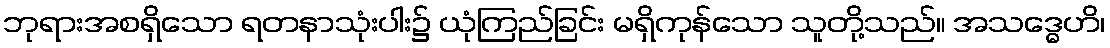
ဘုရားအစရှိသော ရတနာသုံးပါး၌ ယုံကြည်ခြင်း မရှိကုန်သော သူတို့သည်။ အသဒ္ဓေဟိ၊